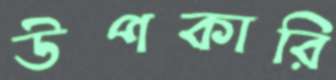
উপকারি